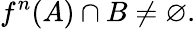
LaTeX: f^{n}(A)\cap B\neq\varnothing.